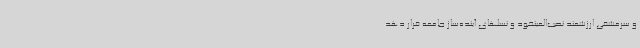
و سرمشقی ارزشمند نصب‌العینخود و نسلهای آینده‌ساز جامعه قرار دهد.